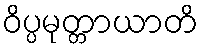
ဝိပ္ပမုတ္တာယာတိ